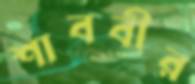
শাববীর